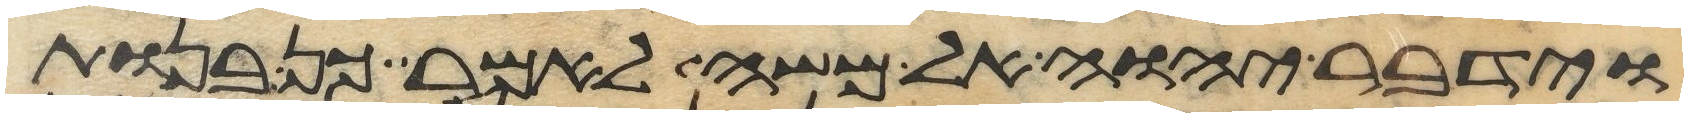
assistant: וידבר יהוה אל משה לאמר כן בנות